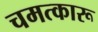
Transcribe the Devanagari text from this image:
चमत्कारू